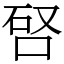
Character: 唘